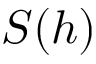
S ( h )